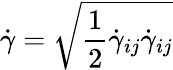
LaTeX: \dot{\gamma}=\sqrt{\frac{1}{2}\dot{\gamma}_{ij}\dot{\gamma}_{ij}}